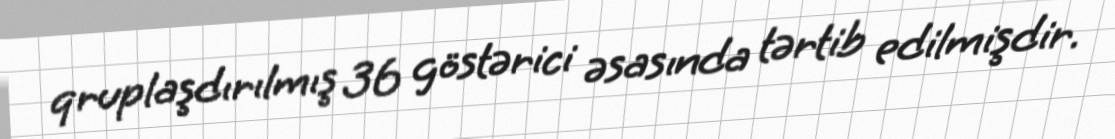
qruplaşdırılmış 36 göstərici əsasında tərtib edilmişdir.